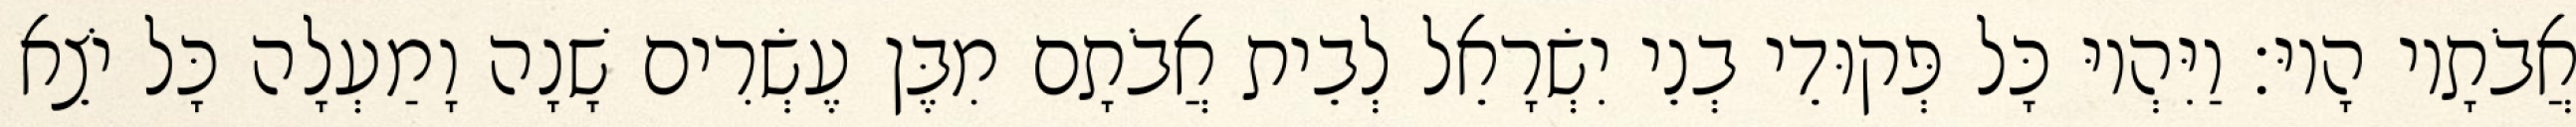
אֲבֹתָיו הָיוּ׃ וַיִּהְיוּ כָּל פְּקוּדֵי בְנֵי יִשְׂרָאֵל לְבֵית אֲבֹתָם מִבֶּן עֶשְׂרִים שָׁנָה וָמַעְלָה כָּל יֹצֵא